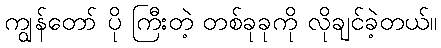
ကျွန်တော် ပို ကြီးတဲ့ တစ်ခုခုကို လိုချင်ခဲ့တယ်။